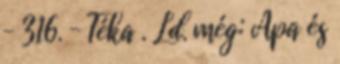
– 316. – Téka . Ld. még: Apa és